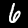
Label: 6